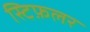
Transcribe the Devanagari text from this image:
स्टिफ़लर